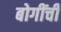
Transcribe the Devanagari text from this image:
बोगींची